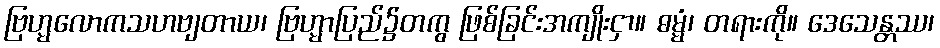
ဗြဟ္မလောကသဟဗျတာယ၊ ဗြဟ္မာပြည်၌တကွ ဖြစ်ခြင်းအကျိုးငှာ။ ဓမ္မံ၊ တရားကို။ ဒေသေန္တဿ၊